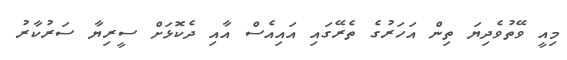
މިއީ ވޭތުވެދިޔަ ތިން އަހަރުގެ ތެރޭގައި އައިއެސް އާއި ދެކޮޅަށް ސީރިޔާ ސަރުކާރު